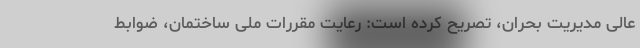
عالی مدیریت بحران، تصریح کرده است: رعایت مقررات ملی ساختمان، ضوابط